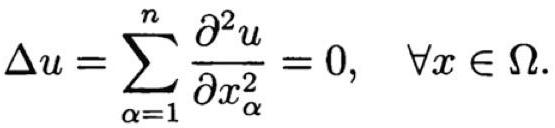
\[
\Delta u = \sum_{\alpha=1}^{n} \frac{\partial^{2} u}{\partial x_{\alpha}^{2}} = 0, \quad \forall x \in \Omega.
\]